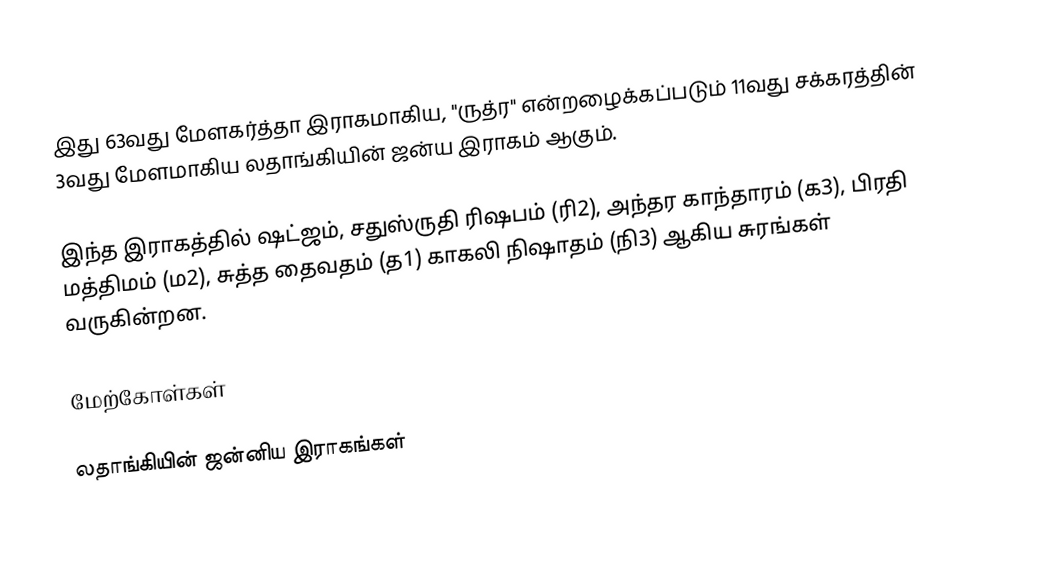
இது 63வது மேளகர்த்தா இராகமாகிய, "ருத்ர" என்றழைக்கப்படும் 11வது சக்கரத்தின் 3வது மேளமாகிய லதாங்கியின் ஜன்ய இராகம் ஆகும்.

 இந்த இராகத்தில் ஷட்ஜம், சதுஸ்ருதி ரிஷபம் (ரி2), அந்தர காந்தாரம் (க3), பிரதி மத்திமம் (ம2), சுத்த தைவதம் (த1) காகலி நிஷாதம் (நி3) ஆகிய சுரங்கள் வருகின்றன.

மேற்கோள்கள்

லதாங்கியின் ஜன்னிய இராகங்கள்